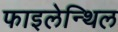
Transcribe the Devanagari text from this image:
फाइलेन्थिल